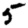
Digit: 5